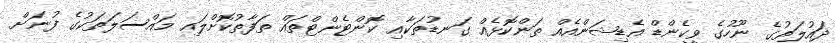
ދައުލަތުގެ ނޫހުގެ ވީކެންޑް އެޑިޝަންއެއް ތަންކޮޅެއް ގަނޑުތަކާއި ކޮންޓެންޓްތައް ތަފާތުކޮށްލައި މައްސަލަތަކުގެ ފުނަށް